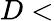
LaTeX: D<